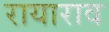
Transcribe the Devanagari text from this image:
रायाराव